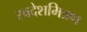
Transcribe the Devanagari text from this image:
स्वदेशमित्रण